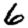
Digit: 6